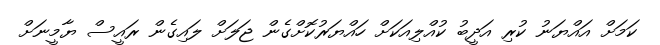
ކަމަށް އައްޔަނު ކުރި އަދީބު ކުއްލިއަކަށް ހައްޔަރުކޮށްގެން ޖަލަށް ލައިގެން ރައީސް ޔާމީނަށް